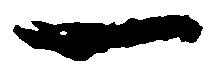
一